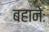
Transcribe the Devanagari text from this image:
बहानेः